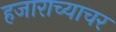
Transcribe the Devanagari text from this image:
हजाराच्याचर